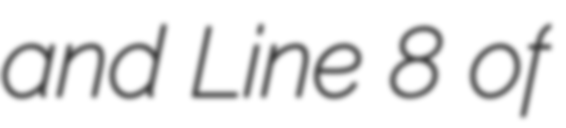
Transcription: and Line 8 of